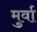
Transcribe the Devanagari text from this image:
मुर्वा